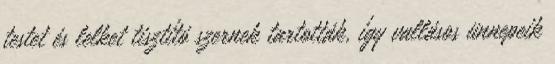
testet és lelket tisztító szernek tartották, így vallásos ünnepeik